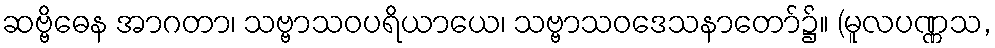
ဆဗ္ဗိဓေန အာဂတာ၊ သဗ္ဗာသဝပရိယာယေ၊ သဗ္ဗာသဝဒေသနာတော်၌။ (မူလပဏ္ဏသ,